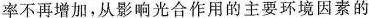
率不再增加，从影响光合作用的主要环境因素的